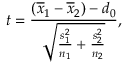
t = { \frac { ( { \overline { { x } } } _ { 1 } - { \overline { { x } } } _ { 2 } ) - d _ { 0 } } { \sqrt { { \frac { s _ { 1 } ^ { 2 } } { n _ { 1 } } } + { \frac { s _ { 2 } ^ { 2 } } { n _ { 2 } } } } } } ,